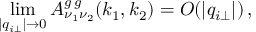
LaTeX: \operatorname * { l i m } _ { | q _ { i \perp } | \rightarrow 0 } A _ { \nu _ { 1 } \nu _ { 2 } } ^ { g \, g } ( k _ { 1 } , k _ { 2 } ) = O ( | q _ { i \perp } | ) \, ,